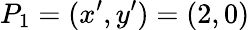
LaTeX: P_{1}=(x^{\prime},y^{\prime})=(2,0)